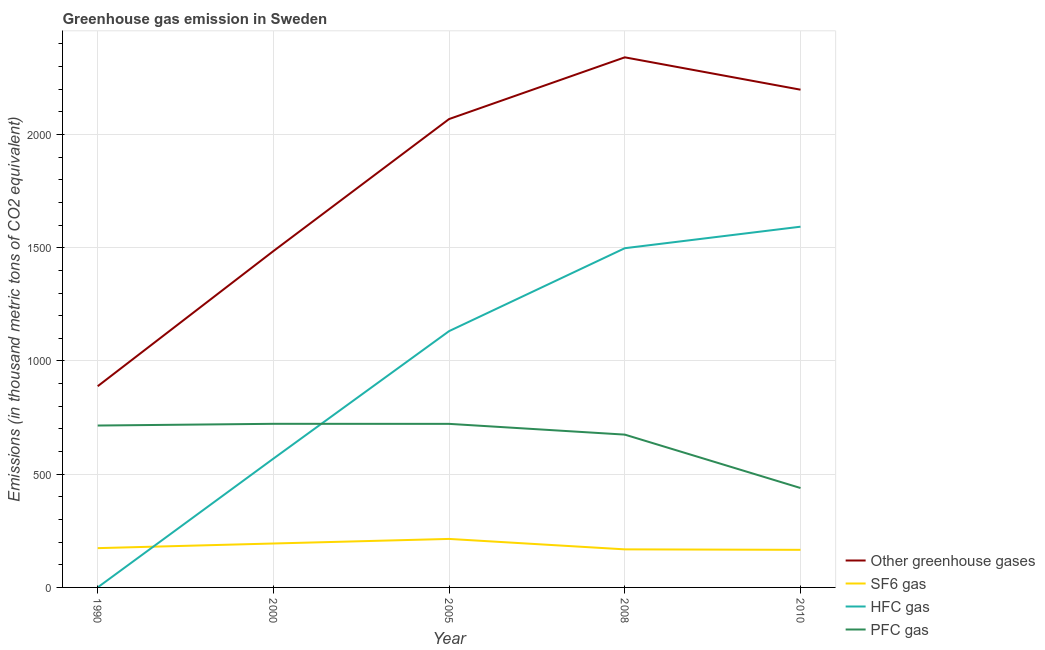
| Year | Other greenhouse gases | SF6 gas | HFC gas | PFC gas |
 | --- | --- | --- | --- | --- |
 | 1990 | 889 | 174 | 0.2 | 715 |
 | 2000 | 1.49e+03 | 194 | 569 | 722 |
 | 2005 | 2.07e+03 | 214 | 1.13e+03 | 722 |
 | 2008 | 2.34e+03 | 168 | 1.5e+03 | 675 |
 | 2010 | 2.2e+03 | 166 | 1.59e+03 | 439 |